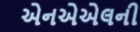
એનએએલની